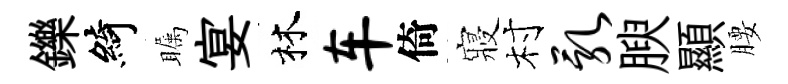
鑠綺瞩宴林车倚寢村乳腴顯腰